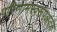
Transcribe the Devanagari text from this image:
परिणामस्वरूपआतंक